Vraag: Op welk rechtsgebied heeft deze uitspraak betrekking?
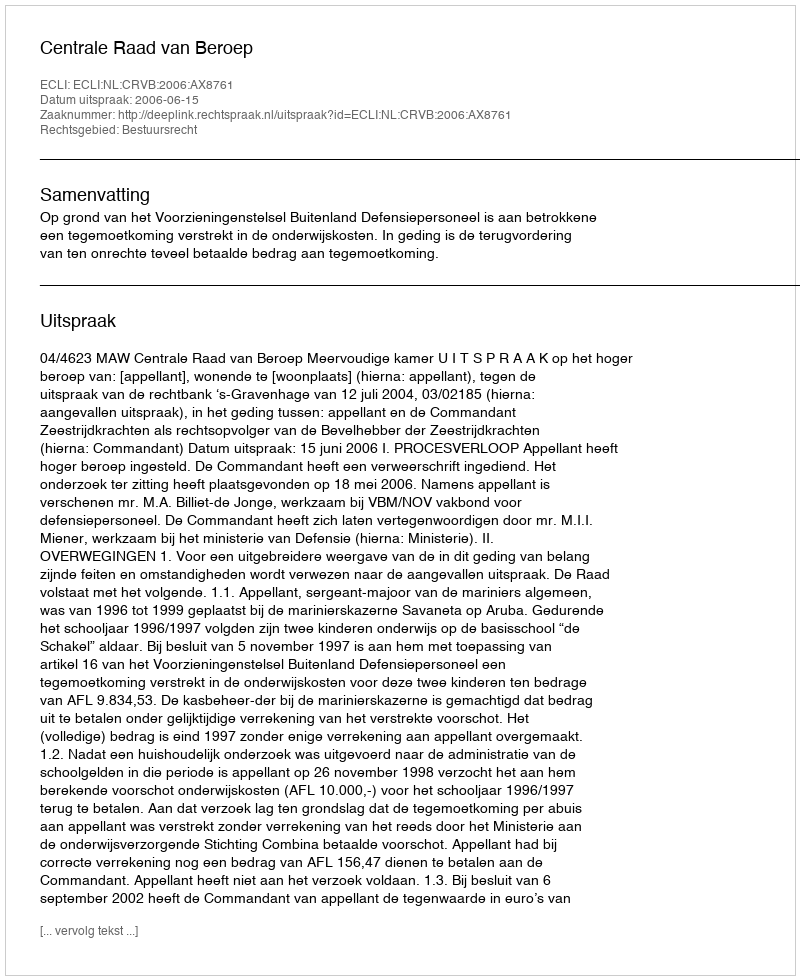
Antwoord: Bestuursrecht